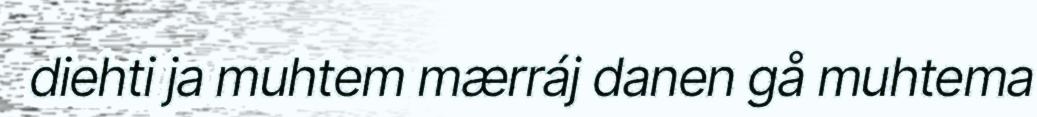
diehti ja muhtem mærráj danen gå muhtema